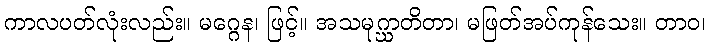
ကာလပတ်လုံးလည်း။ မဂ္ဂေန၊ ဖြင့်။ အသမုဂ္ဃာတိတာ၊ မဖြတ်အပ်ကုန်သေး။ တာဝ၊